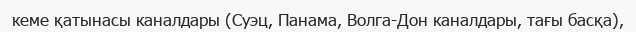
кеме қатынасы каналдары (Суэц, Панама, Волга-Дон каналдары, тағы басқа),